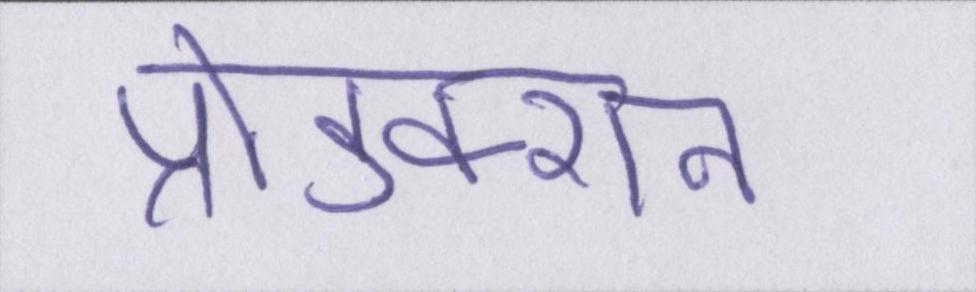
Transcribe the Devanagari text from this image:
प्रोडक्शन